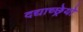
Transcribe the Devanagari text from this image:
दद्याच्छ्रेयो